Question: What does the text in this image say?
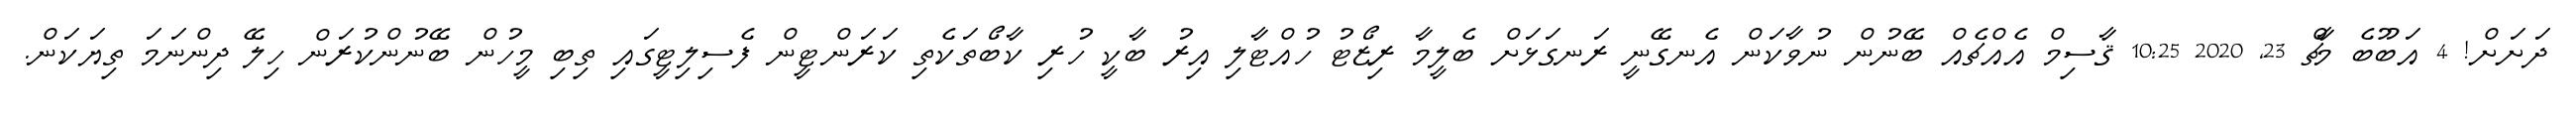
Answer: ދަށަށް! 4 އަބޫބެ މާޗް 23, 2020 10:25 ޤާސިމް އެއްޗެއް ބޭނުން ނުވާކަން އެނގޭނީ ރަނގަޅަށް ބެލީމާ ރިޒޯޓު ހުއްޓާލި އިރު ބާކީ ހުރި ކާބޯތަކެތި ކަރަންޓީން ފެސިލިޓީގައި ތިބި މީހުން ބޭނުންކުރަން ހިލޭ ދިންނަމަ ތިޔަކަން.